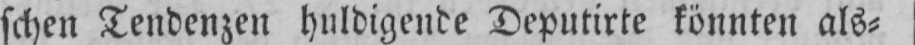
schen Tendenzen huldigende Deputirte könnten als⸗